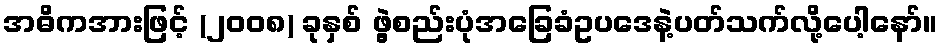
အဓိကအားဖြင့် (၂၀၀၈) ခုနှစ် ဖွဲ့စည်းပုံအခြေခံဥပဒေနဲ့ပတ်သက်လို့ပေါ့နော်။